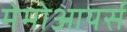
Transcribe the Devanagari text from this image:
मेमोआयर्स